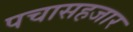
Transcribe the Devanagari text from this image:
पचासहजार